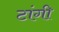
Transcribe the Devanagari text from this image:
टांगी